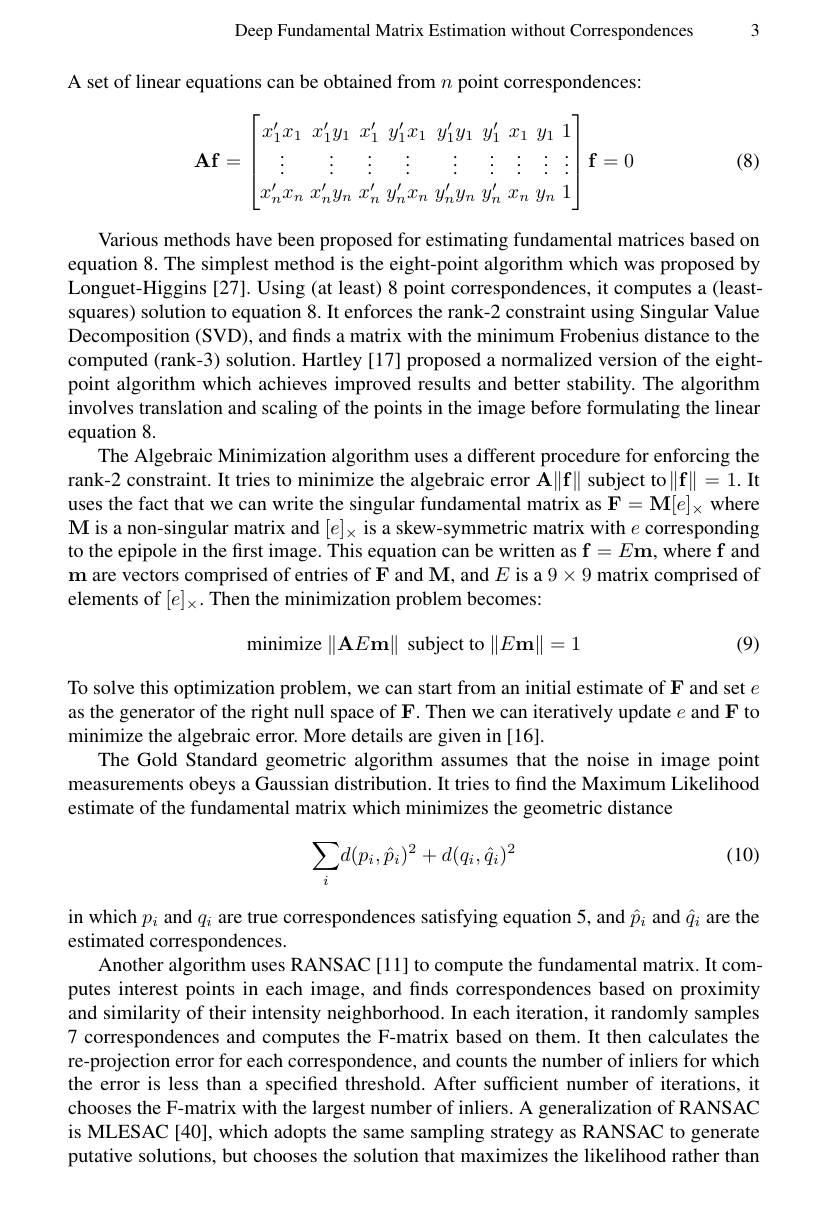
Deep Fundamental Matrix Estimation without Correspondences 3

A set of linear equations can be obtained from $n$ point correspondences

(8)
$$\mathbf{Af}=\begin{bmatrix}x_1'x_1&x_1'y_1&x_1'&y_1'x_1&y_1'y_1&y_1'&x_1&y_1&1\\\vdots&\vdots&\vdots&\vdots&\vdots&\vdots&\vdots&\vdots\\x_n'x_n&x_n'y_n&x_n'&y_n'x_n&y_n'y_n&y_n'&x_n&y_n&1\end{bmatrix}\mathbf{f}=0$$
Various methods have been proposed for estimating fundamental matrices based on equation 8. The simplest method is the eight-point algorithm which was proposed by Longuet-Higgins [27]. Using (at least) 8 point correspondences, it computes a (leastsquares) solution to equation 8. It enforces the rank-2 constraint using Singular Value Decomposition (SVD), and finds a matrix with the minimum Frobenius distance to the computed (rank-3) solution. Hartley [17] proposed a normalized version of the eightpoint algorithm which achieves improved results and better stability. The algorithm involves translation and scaling of the points in the image before formulating the linear equation 8.
The Algebraic Minimization algorithm uses a different procedure for enforcing the rank-2 constraint. It tries to minimize the algebraic error $\mathbf{A}\|\mathbf{f}\|$ subject to$\|\mathbf{f}\|=1.$ It uses the fact that we can write the singular fundamental matrix as $\mathbf{F}=\mathbf{M}[e]_\times$ where $\mathbf{M}$ is a non-singular matrix and $[e]_\times$ is a skew-symmetric matrix with $e$ corresponding to the epipole in the first image. This equation can be written as $\mathbf{f}=E\mathbf{m}$, where f and $\textbf{m are vectors comprised of entries of F and M, and }E$ is a $9\times9$ matrix comprised of elements of $[e]_\times.$ Then the minimization problem becomes:
$$\text{minimize }\|\mathbf{A}E\mathbf{m}\|\text{ subject to }\|E\mathbf{m}\|=1$$
(9)

To solve this optimization problem, we can start from an initial estimate of F and set $e$ as the generator of the right null space of F. Then we can iteratively update $e$ and F to minimize the algebraic error. More details are given in [16].
The Gold Standard geometric algorithm assumes that the noise in image point measurements obeys a Gaussian distribution. It tries to find the Maximum Likelihood estimate of the fundamental matrix which minimizes the geometric distance

(10)
$$\begin{aligned}\sum_id(p_i,\hat{p}_i)^2+d(q_i,\hat{q}_i)^2\end{aligned}$$
in which $p_i$ and $q_i$ are true correspondences satisfying equation 5, and $\hat{p}_{i}$ and $\hat{q}_{i}$ are the
estimated correspondences.
Another algorithm uses RANSAC[11] to compute the fundamental matrix. It computes interest points in each image, and finds correspondences based on proximity and similarity of their intensity neighborhood. In each iteration, it randomly samples 7 correspondences and computes the F-matrix based on them. It then calculates the re-projection error for each correspondence, and counts the number of inliers for which the error is less than a specified threshold. After sufficient number of iterations, it chooses the F-matrix with the largest number of inliers. A generalization of RANSAC is MLESAC[40], which adopts the same sampling strategy as RANSAC to generate putative solutions, but chooses the solution that maximizes the likelihood rather than